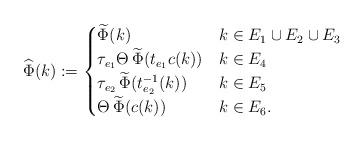
LaTeX: \begin{align*} \widehat{\Phi}(k) := \begin{cases}\widetilde{\Phi}(k) & k \in E_1 \cup E_2 \cup E_3 \\\tau_{e_1} \Theta \, \widetilde{\Phi}(t_{e_1}c (k)) & k \in E_4 \\\tau_{e_2} \, \widetilde{\Phi}(t^{-1}_{e_2}(k)) & k \in E_5 \\\Theta \, \widetilde{\Phi}(c(k)) & k \in E_6.\end{cases}\end{align*}